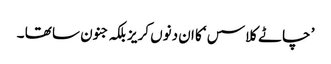
’ چاٹے کلاسس ‘کا ان دنوں کریز بلکہ جنون سا تھا ۔